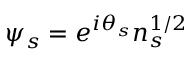
\psi _ { s } = e ^ { i \theta _ { s } } n _ { s } ^ { 1 / 2 }